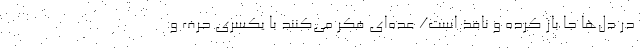
در دل‌ها جا باز کرده و نافذ است/ عده‌ای فکر می‌کنند با یکسری حرف و